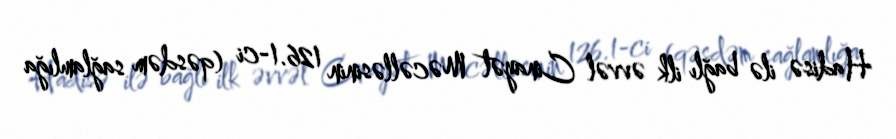
Hadisə ilə bağlı ilk əvvəl Cinayət Məcəlləsinin 126.1-ci (qəsdəm sağlamlığa